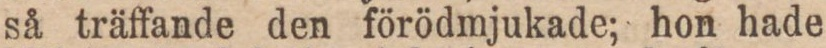
så träffande den förödmjukade; hon hade